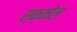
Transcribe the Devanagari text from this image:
स्क्कोल